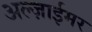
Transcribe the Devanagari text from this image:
अल्ज़ाईमर